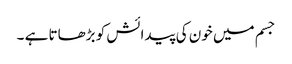
جسم میں خون کی پیدائش کو بڑھاتا ہے ۔